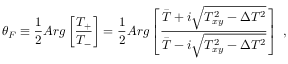
\theta _ { F } \equiv \frac { 1 } { 2 } A r g \left[ \frac { T _ { + } } { T _ { - } } \right] = \frac { 1 } { 2 } A r g \left[ \frac { \bar { T } + i \sqrt { T _ { x y } ^ { 2 } - \Delta T ^ { 2 } } } { \bar { T } - i \sqrt { T _ { x y } ^ { 2 } - \Delta T ^ { 2 } } } \right] \ ,